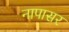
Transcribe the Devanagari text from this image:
नापासर